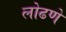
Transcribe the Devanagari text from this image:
लोढणे